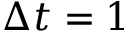
\Delta t = 1